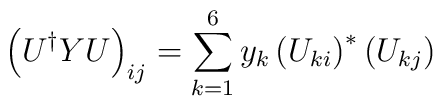
\left(U^\dag YU\right)_{ij}=\sum_{k=1}^6y_k\left(U_{ki}\right)^*\left(U_{kj}\right)